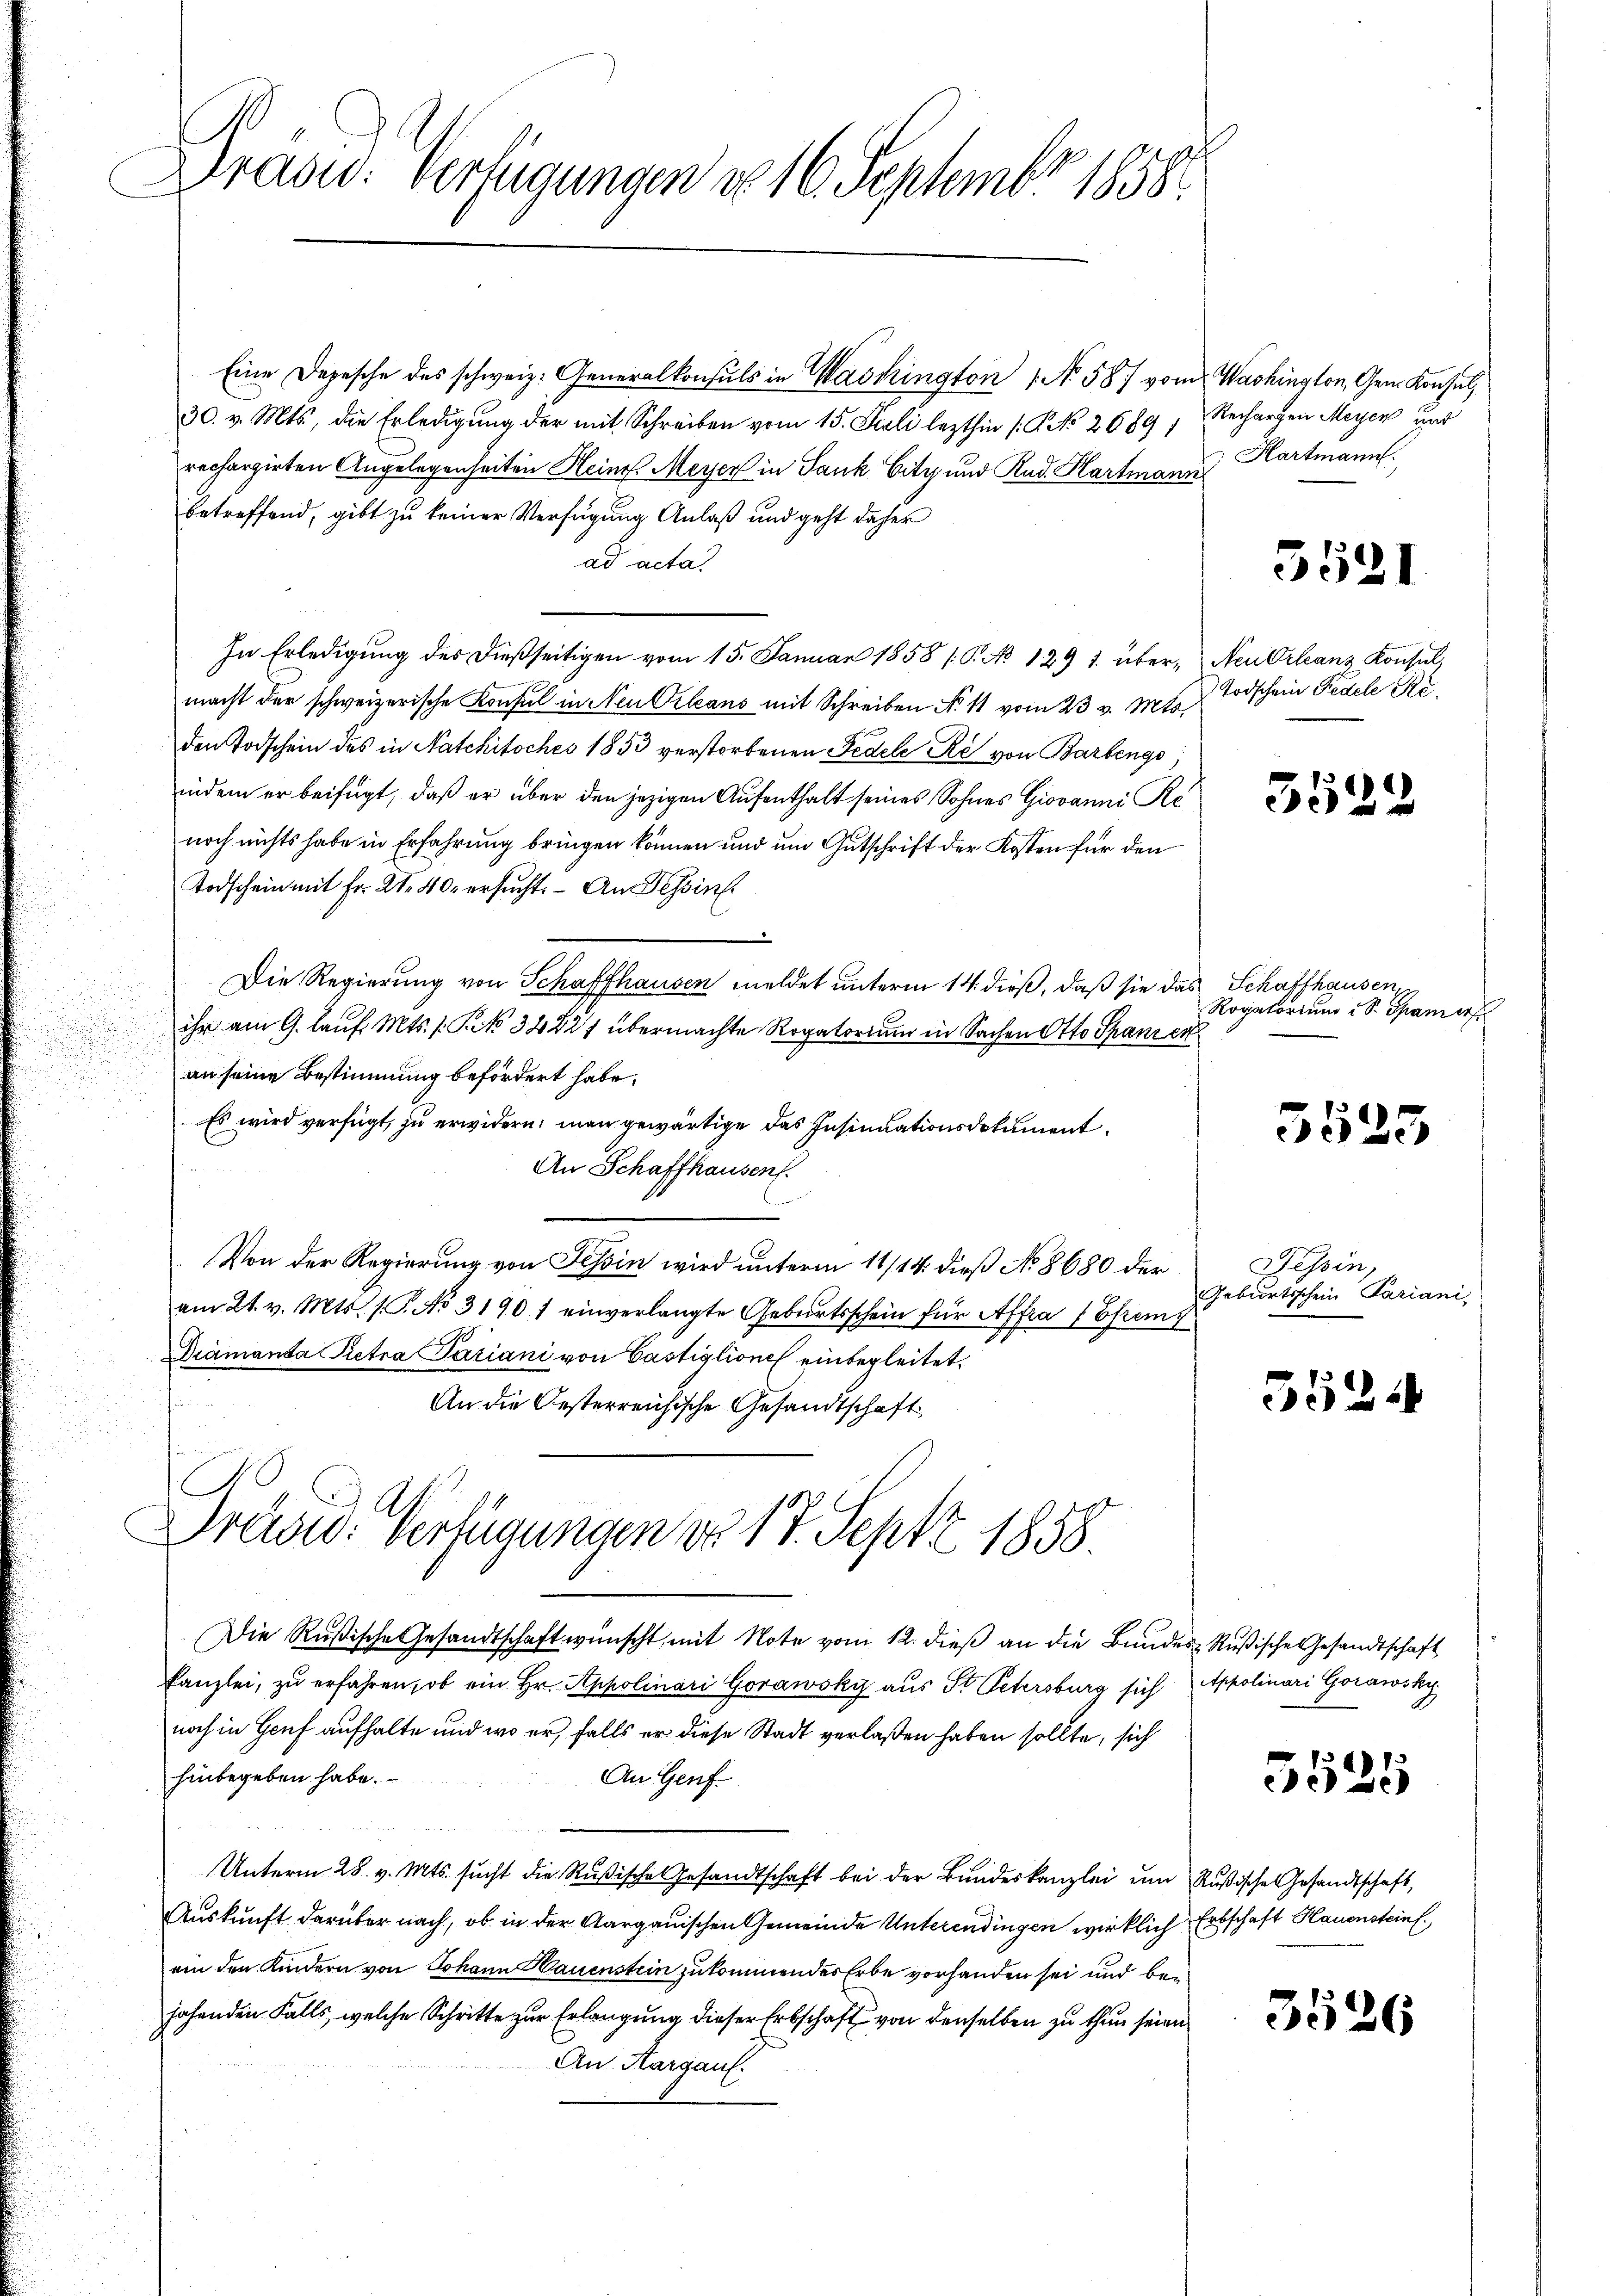
Präsid. Verfügungen d. 16. September 1858.

Eine Depesche des schweiz. Generalkonsuls in Washington 1 No 587 vom Washington, Gen. Konsul
30. v. Mts., die Erledigung der mit Schreiben vom 15. Juli lezthin (: No 2689)
rechargirten Angelegenheiten Heint. Meyer in Sank Eity und Rud. Hartmann
betreffend, gibt zu keiner Verfügung Anlaß und geht daher
ad acta
In Erledigung des dießseitigen vom 15. Januar 1858 (P. No 129 u. übermacht der schweizerische Konsul in Neu Orleans mit Schreiben No 11 vom 23 v. Mts.
den Todschein des in Natchitsches 1853 verstorbenen Fedele Re von Barbengs
indem er beifügt, daß er über den jezigen Aufenthalt seines Sohnes Giovanni Re
noch nichts habe in Erfahrung bringen können und um Gutschrift der Kosten für den
Todschein mit Fr. 21. 40. ersucht. – An Tessin
e
Die Regierung von Schaffhausen meldet unterm 14. dieß, daß sie das Schaffhausen
ihr am 9. Lauf. Mts. f. P. NNo. 34827 übermachte Rogatorium in Sachen Otto Spaniert
an seine Bestimmung befördert habe.
Es wird verfügt, zu erwidern, man gewärtige das Insinuationsdokument.
An Schaffhausen.
Von der Regierung von Tessin wird unterm 11/14. dieß No 8680 der
am 21. v. Mts. 1. No. 31901 einverlangte Geburtsschein für Affra (Efrenz
Diamanta Retra Pariani von Gastiglione einbegleitet.

An die Oesterreichische Gesandtschaft
Drudw. Verfügungen do 17. Septz 1858.
Die Rußische Gesandtschaft wünscht mit Note vom 12. dieβ an die Bundes Rußische Gesandtschaft
Kanzlei, zu erfahren, ob ein Hr. Appolinari Gorawsky aus St. Petersburg sich Appolinari Gorawsky
noch in Genf aufhalte und wo er, falls er diese Stadt verlaßen haben sollte, sich
hinbegeben habe.
An Genf.
Unterm 28. v. Mts. sucht die Rußische Gesandtschaft bei der Bundeskanzlei um Rußische Gesandtschaft,
Auskunft darüber nach, ob in der Aargauischen Gemeinde Unterendingen wirklich
ain den Kindern von Johann Hauenstein zukommendes Erbe vorhanden sei und bejahenden Falls, welche Schritte zur Erlangung dieser Erbschaft von denselben zu thun seien
An Aargau.

Rechargen Meyen und
Hartmann.

5521

Neu Orleanz Konsul,
Todschein Pedele Re¬

5524

Rogatorium Sr. Spamer

3525

Tessin,
Geburtsschein Pariani,

3524

5525

Erbschaft Hauensteinf

3526